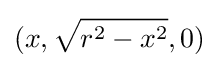
(x,{\sqrt {r^{2}-x^{2}}},0)